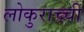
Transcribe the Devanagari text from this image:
लोकुराच्ची